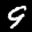
Label: 9